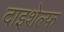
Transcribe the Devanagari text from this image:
दाइशेल्फ